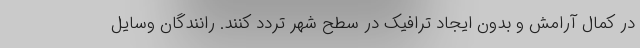
در کمال آرامش و بدون ایجاد ترافیک در سطح شهر تردد کنند. رانندگان وسایل